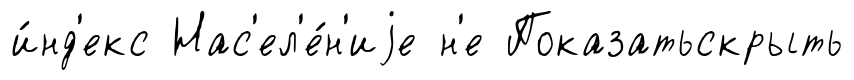
и́нд'екс Нас'ел'е́н'иjе н'е Показатьскрыть